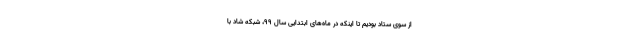
از سوی ستاد بودیم تا اینکه در ماه‌های ابتدایی سال ۹۹، شبکه شاد با